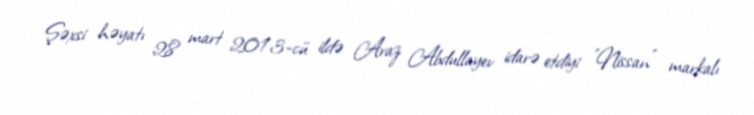
Şəxsi həyatı 28 mart 2013-cü ildə Araz Abdullayev idarə etdiyi "Nissan" markalı